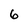
Character: 6